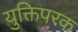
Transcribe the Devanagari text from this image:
युक्तिपरक